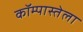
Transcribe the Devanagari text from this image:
कॉम्पास्तेला